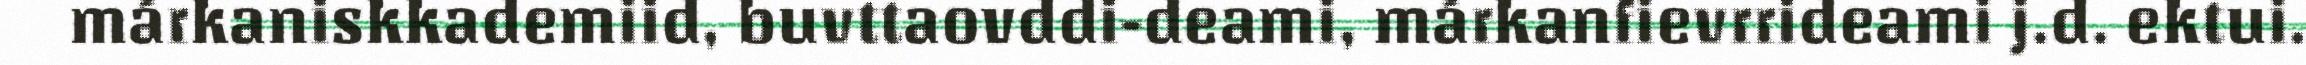
márkaniskkademiid, buvttaovddi-deami, márkanfievrrideami j.d. ektui.